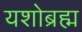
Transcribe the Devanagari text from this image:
यशोब्रह्म